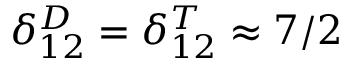
\delta _ { 1 2 } ^ { D } = \delta _ { 1 2 } ^ { T } \approx 7 / 2